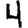
Digit: 4